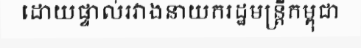
ដោយផ្ទាល់រវាងនាយករដ្ឋមន្ត្រីកម្ពុជា